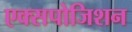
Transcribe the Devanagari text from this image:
एक्सपोजिशन